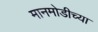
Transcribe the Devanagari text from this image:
मानमोडीच्या